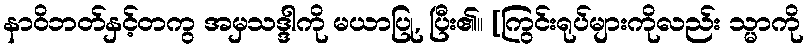
နာဝိဘတ်နှင့်တကွ အမှသဒ္ဒါကို မယာပြု, ပြီး၏။ [ကြွင်းရုပ်များကိုလည်း သ္မာကို